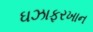
ઘઝાફરખાન